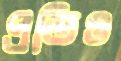
প্রতিও